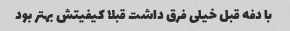
با دفه قبل خیلی فرق داشت قبلا کیفیتش بهتر بود